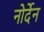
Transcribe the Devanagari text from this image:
नोर्देन